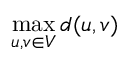
\operatorname* { m a x } _ { u , v \in V } d ( u , v )